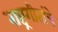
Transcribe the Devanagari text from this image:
राष्ट्रगीतांचे